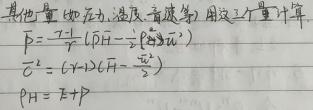
其他量（如压力、温度、音速等）用这三个量计算。
\[
\begin{align*}
p&=\frac{\gamma}{\gamma - 1}(\rho H - \frac{\rho v^2}{2})\\
c^{2}&=(\gamma - 1)(c_{p}H-\frac{v^{2}}{2})\\
p_{H}&=E + p
\end{align*}
\]